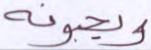
ويحبونه